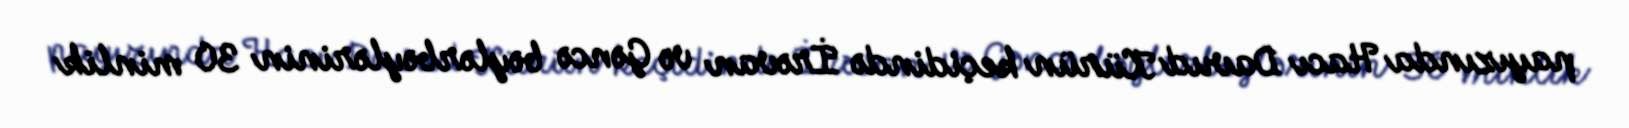
payızında Hacı Davud Kürün keçidində İrəvan və Gəncə bəylərbəylərinin 30 minlik